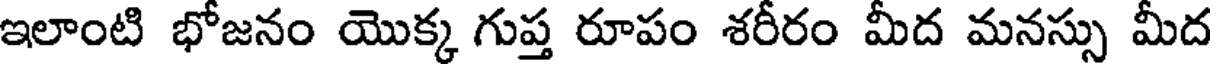
ఇలాంటి భోజనం యొక్క గుప్త రూపం శరీరం మీద మనస్సు మీద